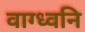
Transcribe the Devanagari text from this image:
वाग्ध्वनि